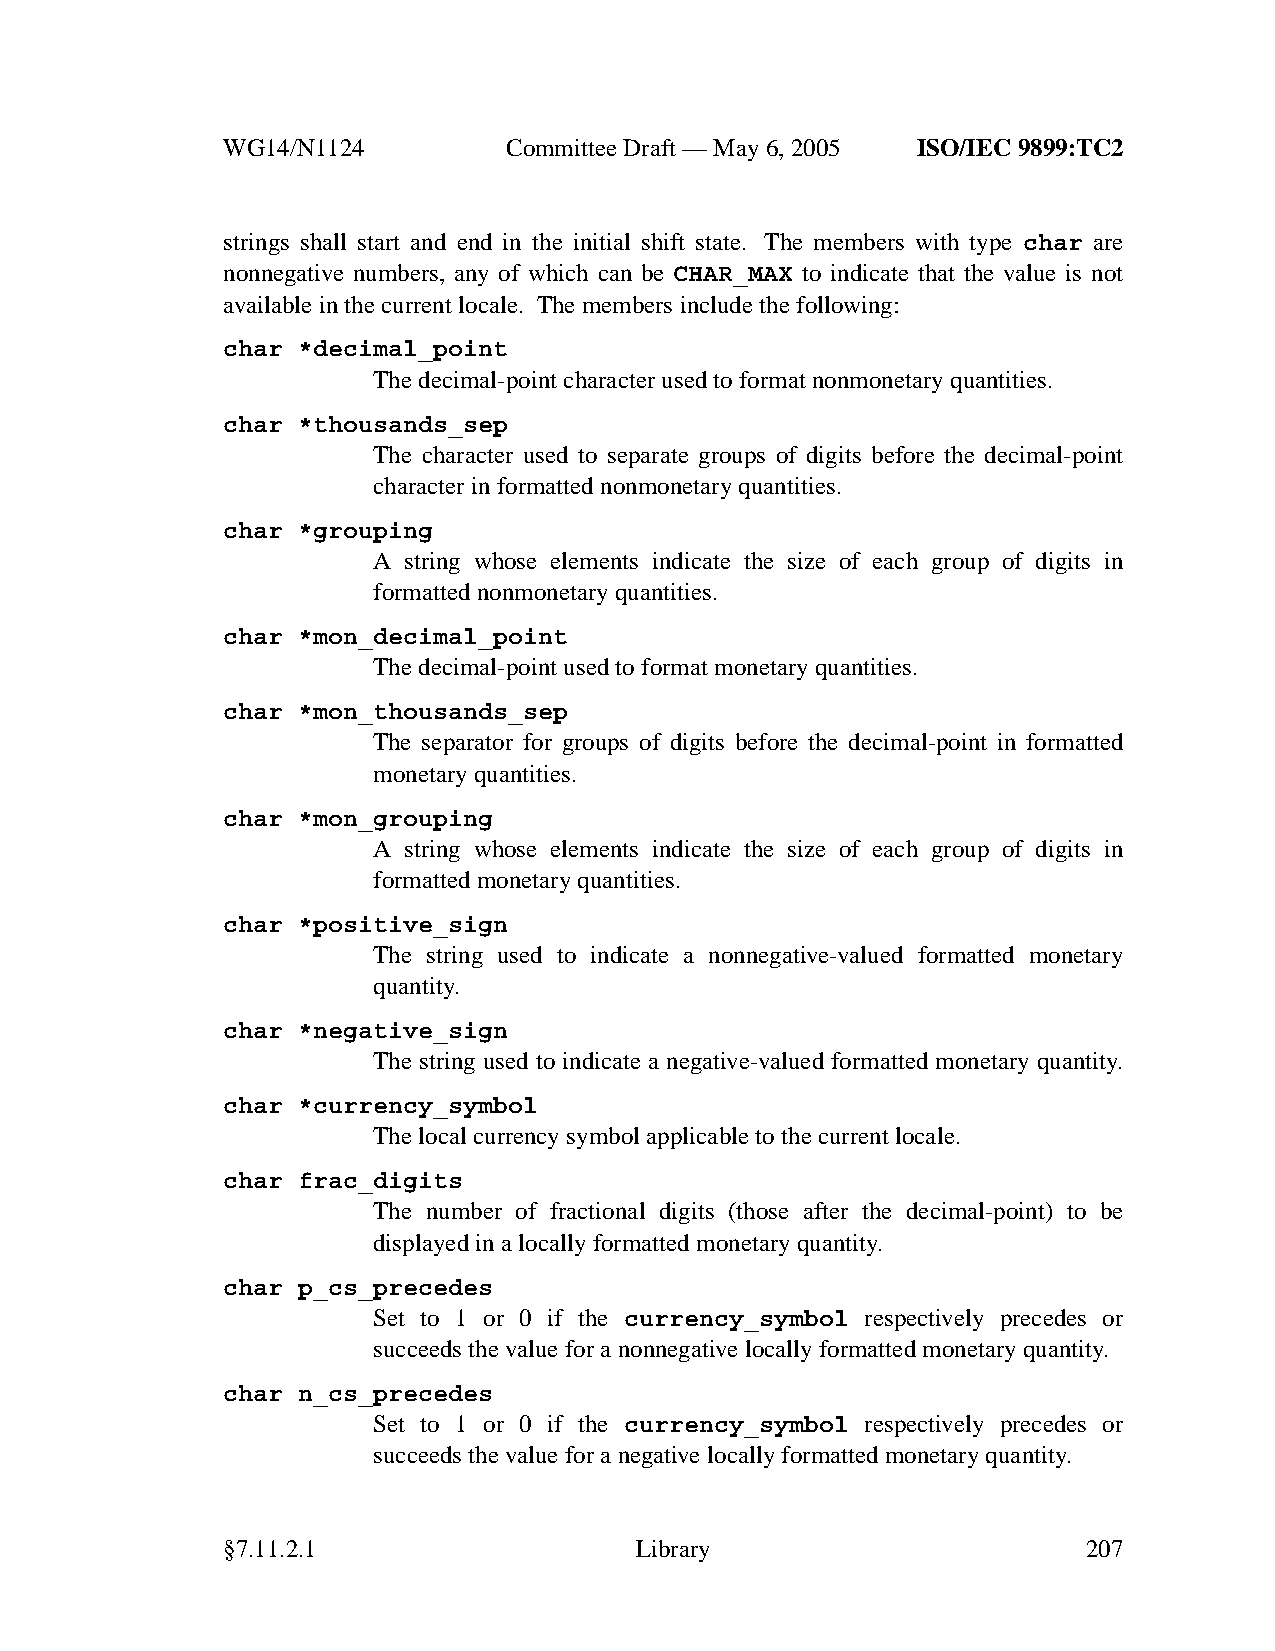
WG14/N1124        CommitteeDraft — May 6, 2005 ISO/IEC 9899:TC2
 strings shall start and end in the initial shift state. The members with type char are
 nonnegative numbers, any of which can be CHAR_MAX to indicate that the value is not
 available in the current locale. The members include the following:
 char *decimal_point
 The decimal-point character used to format nonmonetary quantities.
 char *thousands_sep
 The character used to separate groups of digits before the decimal-point
 character in formatted nonmonetary quantities.
 char *grouping
 A string whose elements indicate the size of each group of digits in
 formatted nonmonetary quantities.
 char *mon_decimal_point
 The decimal-point used to format monetary quantities.
 char *mon_thousands_sep
 The separator for groups of digits before the decimal-point in formatted
 monetary quantities.
 char *mon_grouping
 A string whose elements indicate the size of each group of digits in
 formatted monetary quantities.
 char *positive_sign
 The string used to indicate a nonnegative-valued formatted monetary
 quantity.
 char *negative_sign
 The string used to indicate a negative-valued formatted monetary quantity.
 char *currency_symbol
 The local currencysymbol applicable to the current locale.
 char frac_digits
 The number of fractional digits (those after the decimal-point) to be
 displayed in a locally formatted monetary quantity.
 char p_cs_precedes
 Set to 1 or 0 if the currency_symbol respectively precedes or
 succeeds the value for a nonnegative locally formatted monetary quantity.
 char n_cs_precedes
 Set to 1 or 0 if the currency_symbol respectively precedes or
 succeeds the value for a negative locally formatted monetary quantity.
 §7.11.2.1                  Library                       207